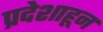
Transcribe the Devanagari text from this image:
प्रदेशाहून